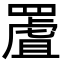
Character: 𦋾